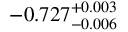
- 0 . 7 2 7 _ { - 0 . 0 0 6 } ^ { + 0 . 0 0 3 }